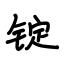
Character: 锭